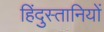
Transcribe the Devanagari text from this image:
हिंदुस्तानियों